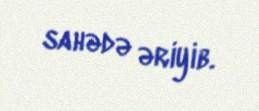
sahədə əriyib.